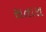
સતારા